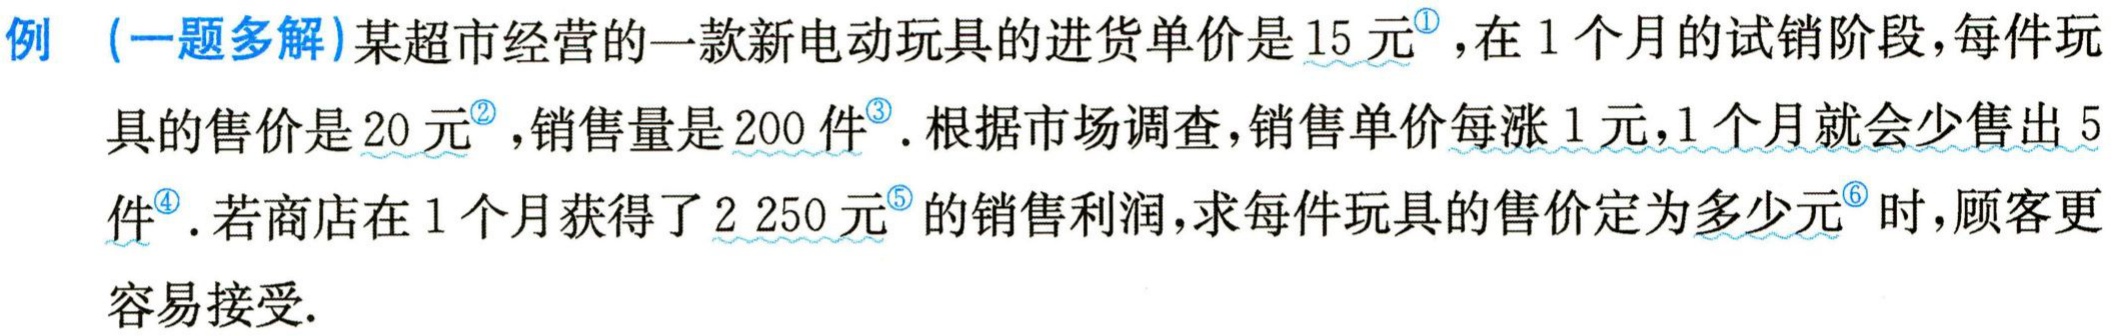
例（一题多解）某超市经营的一款新电动玩具的进货单价是\(15\)元\(^{\circled{1}}\)，在\(1\)个月的试销阶段，每件玩具的售价是\(20\)元\(^{\circled{2}}\)，销售量是\(200\)件\(^{\circled{3}}\)。根据市场调查，销售单价每涨\(1\)元，\(1\)个月就会少售出\(5\)件\(^{\circled{4}}\)。若商店在\(1\)个月获得了\(2250\)元\(^{\circled{5}}\)的销售利润，求每件玩具的售价定为多少元\(^{\circled{6}}\)时，顾客更容易接受.